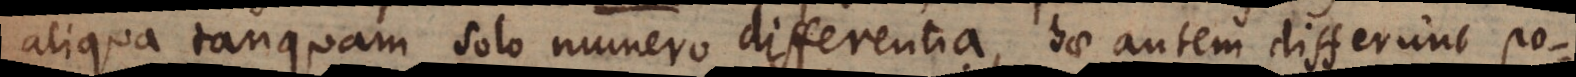
aliqua tanquam solo numero differentia, hae autem differunt po